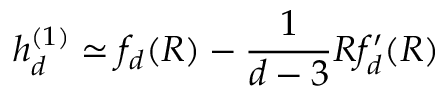
h _ { d } ^ { ( 1 ) } \simeq f _ { d } ( R ) - \frac { 1 } { d - 3 } R f _ { d } ^ { \prime } ( R )